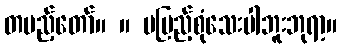
တပည့်တော်။ ။ မပြည့်စုံသေးပါဘူးဘုရာ့။